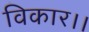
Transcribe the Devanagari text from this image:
विकार।।